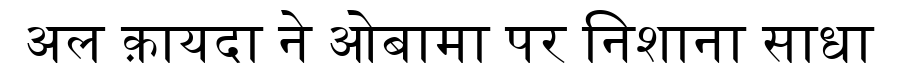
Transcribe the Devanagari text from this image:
अल क़ायदा ने ओबामा पर निशाना साधा